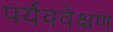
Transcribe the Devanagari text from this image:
पर्यववेक्षण